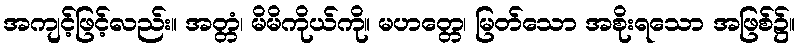
အကျင့်ဖြင့်လည်း။ အတ္တံ၊ မိမိကိုယ်ကို။ မဟတ္တေ၊ မြတ်သော အစိုးရသော အဖြစ်၌။